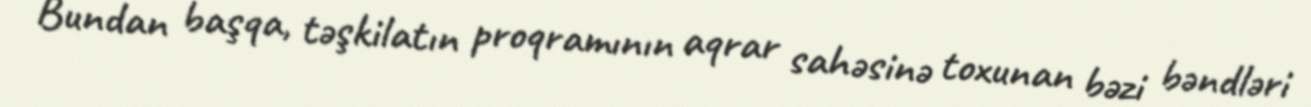
Bundan başqa, təşkilatın proqramının aqrar sahəsinə toxunan bəzi bəndləri